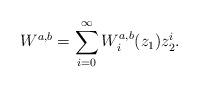
LaTeX: \begin{align*} W^{a,b}=\sum_{i=0}^\infty W^{a,b}_i(z_1)z_2^i. \end{align*}